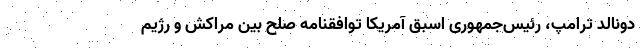
دونالد ترامپ، رئیس‌جمهوری اسبق آمریکا توافقنامه صلح بین مراکش و رژیم